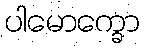
ပါမောက္ခော